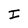
Character: I